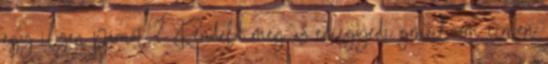
egy ilyen párnát ? Rendeld meg az ediegyedi gmail.com címen